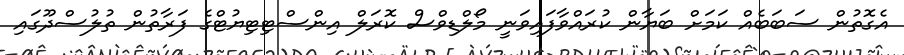
އެގޮތުން ސަބަބެއް ކަމަށް ބަޔާން ކުރައްވާފައިވަނީ މޯލްޑިވްސް ކޮރަލް އިންސްޓިޓިޔުޓްގެ ފަރާތުން ތުލުސްދޫގައި